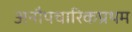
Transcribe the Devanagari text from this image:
अनौपचारिकप्रथम